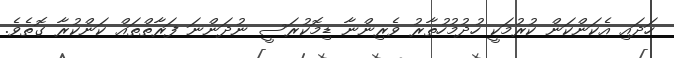
ހަދައި އެކަންކަން ކުރުމަކީ ހުދުމުހުތާރު ވެރިންނާ ޑިމޮކުރަސީ ނުދަންނަ ފަރާތްތައް ކަންކުރާ ގޮތެވެ.